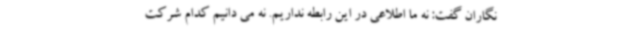
نگاران گفت: نه ما اطلاعی در این رابطه نداریم. نه می دانیم کدام شرکت